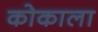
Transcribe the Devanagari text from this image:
कोकाला